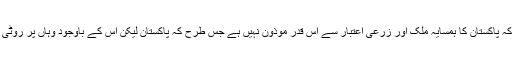
ایران جو کہ پاکستان کا ہمسایہ ملک اور زرعی اعتبار سے اس قدر موذون نہیں ہے جس طرح کہ پاکستان لیکن اس کے باوجود وہاں پر روٹی فری ہے۔